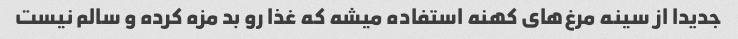
جدیدا از سینه مرغ‌های کهنه استفاده میشه که غذا رو بد مزه کرده و سالم نیست